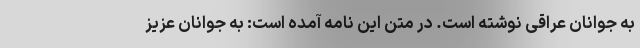
به جوانان عراقی نوشته است. در متن این نامه آمده است: به جوانان عزیز